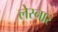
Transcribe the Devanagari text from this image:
लेस्नार